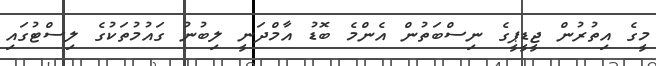
މީގެ އިތުރުން ޖީޑީޕީގެ ނިސްބަތުން އެންމެ ބޮޑު އާމްދަނީ ލިބުނު ގައުމުތަކުގެ ލިސްޓުގައި